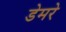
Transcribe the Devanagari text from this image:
डेमरे